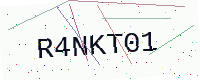
Text: R4NKT01